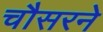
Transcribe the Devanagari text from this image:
चौसरने